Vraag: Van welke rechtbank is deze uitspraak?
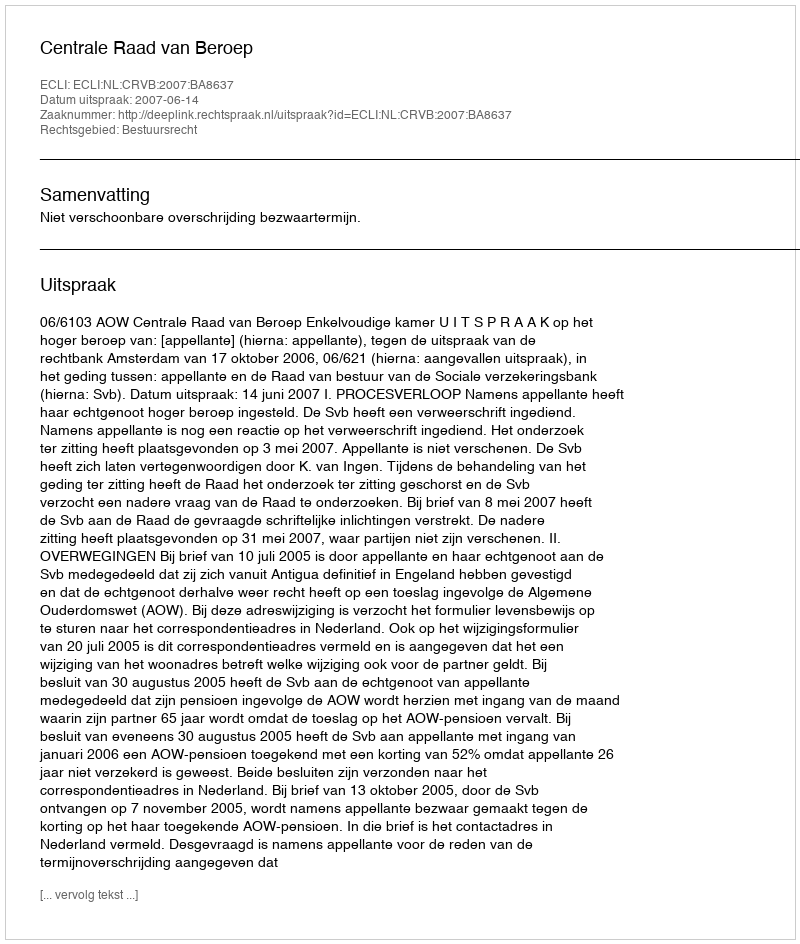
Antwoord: Centrale Raad van Beroep